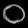
Digit: ၀